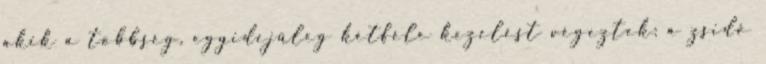
akik a többség, egyidejűleg kétféle kezelést végeztek: a zsidó